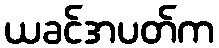
ယခင်အပတ်က